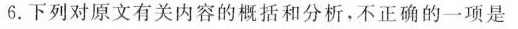
6.下列对原文有关内容的概括和分析，不正确的一项是